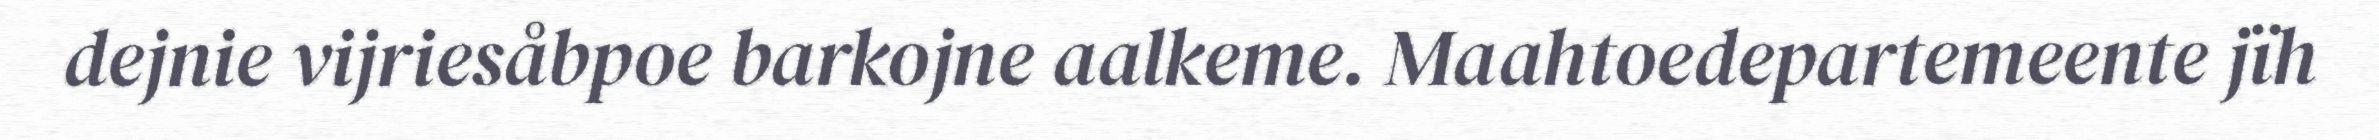
dejnie vijriesåbpoe barkojne aalkeme. Maahtoedepartemeente jïh